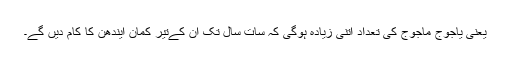
یعنی یاجوج ماجوج کی تعداد اتنی زیادہ ہوگی کہ سات سال تک ان کےتیر کمان ایندھن کا کام دیں گے۔